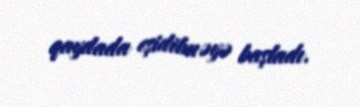
qaydada eşidilməyə başladı.